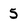
Character: 5